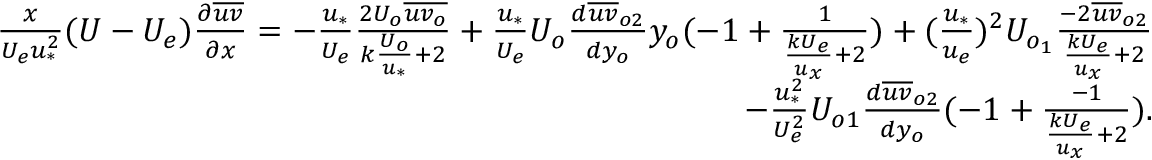
\begin{array} { r } { \frac { x } { U _ { e } u _ { * } ^ { 2 } } ( U - U _ { e } ) \frac { \partial \overline { { u v } } } { \partial x } = - \frac { u _ { * } } { U _ { e } } \frac { 2 U _ { o } \overline { { u v _ { o } } } } { k \frac { U _ { o } } { u _ { * } } + 2 } + \frac { u _ { * } } { U _ { e } } U _ { o } \frac { d \overline { { u v } } _ { o 2 } } { d y _ { o } } y _ { o } ( - 1 + \frac { 1 } { \frac { k U _ { e } } { u _ { x } } + 2 } ) + ( \frac { u _ { * } } { u _ { e } } ) ^ { 2 } U _ { o _ { 1 } } \frac { - 2 \overline { { u v } } _ { o 2 } } { \frac { k U _ { e } } { u _ { x } } + 2 } } \\ { - \frac { u _ { * } ^ { 2 } } { U _ { e } ^ { 2 } } U _ { o 1 } \frac { d \overline { { u v } } _ { o 2 } } { d y _ { o } } ( - 1 + \frac { - 1 } { \frac { k U _ { e } } { u _ { x } } + 2 } ) . } \end{array}